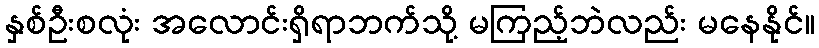
နှစ်ဦးစလုံး အလောင်းရှိရာဘက်သို့ မကြည့်ဘဲလည်း မနေနိုင်။